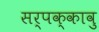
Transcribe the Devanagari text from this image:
सर्पक्कावु